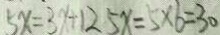
5 x = 3 x + 1 2 5 x = 5 \times 6 = 3 0